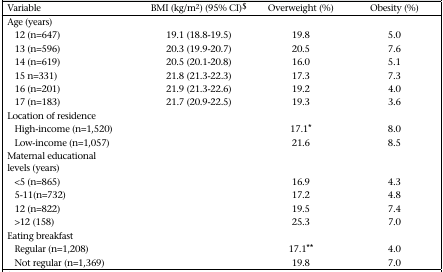
<table><thead><tr><td><b>Variable</b></td><td><b>BMI (kg/m2) (95% CI)$</b></td><td><b>Overweight (%)</b></td><td><b>Obesity (%)</b></td></tr></thead><tbody><tr><td>Age (years)</td><td>[EMPTY_CELL]</td><td>[EMPTY_CELL]</td><td>[EMPTY_CELL]</td></tr><tr><td>12 (n=647)</td><td>19.1 (18.8–19.5)</td><td>19.8</td><td>5.0</td></tr><tr><td>13 (n=596)</td><td>20.3 (19.9–20.7)</td><td>20.5</td><td>7.6</td></tr><tr><td>14 (n=619)</td><td>20.5 (20.1–20.8)</td><td>16.0</td><td>5.1</td></tr><tr><td>15 n=331)</td><td>21.8 (21.3–22.3)</td><td>17.3</td><td>7.3</td></tr><tr><td>16 (n=201)</td><td>21.9 (21.3–22.6)</td><td>19.2</td><td>4.0</td></tr><tr><td>17 (n=183)</td><td>21.7 (20.9–22.5)</td><td>19.3</td><td>3.6</td></tr><tr><td>Location of residence</td><td>[EMPTY_CELL]</td><td>[EMPTY_CELL]</td><td>[EMPTY_CELL]</td></tr><tr><td>High-income (n=1,520)</td><td>[EMPTY_CELL]</td><td>17.1*</td><td>8.0</td></tr><tr><td>Low-income (n=1,057)</td><td>[EMPTY_CELL]</td><td>21.6</td><td>8.5</td></tr><tr><td>Maternal educational levels (years)</td><td>[EMPTY_CELL]</td><td>[EMPTY_CELL]</td><td>[EMPTY_CELL]</td></tr><tr><td>&lt;5 (n=865)</td><td>[EMPTY_CELL]</td><td>16.9</td><td>4.3</td></tr><tr><td>5–11(n=732)</td><td>[EMPTY_CELL]</td><td>17.2</td><td>4.8</td></tr><tr><td>12 (n=822)</td><td>[EMPTY_CELL]</td><td>19.5</td><td>7.4</td></tr><tr><td>&gt;12 (158)</td><td>[EMPTY_CELL]</td><td>25.3</td><td>7.0</td></tr><tr><td>Eating breakfast</td><td>[EMPTY_CELL]</td><td>[EMPTY_CELL]</td><td>[EMPTY_CELL]</td></tr><tr><td>Regular (n=1,208)</td><td>[EMPTY_CELL]</td><td>17.1**</td><td>4.0</td></tr><tr><td>Not regular (n=1,369)</td><td>[EMPTY_CELL]</td><td>19.8</td><td>7.0</td></tr></tbody></table>